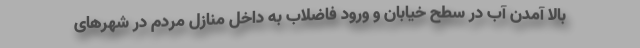
بالا آمدن آب در سطح‌ خیابان و ورود فاضلاب به داخل منازل مردم در شهرهای